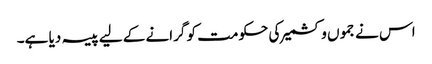
اس نے جموں و کشمیر کی حکومت کو گرانے کے لیے پیسہ دیا ہے۔